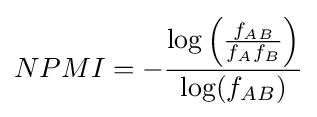
NPMI=-{\frac {{\text{log}}\left({\frac {f_{AB}}{f_{A}f_{B}}}\right)}{{\text{log}}(f_{AB})}}